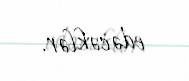
edəcəklər.